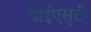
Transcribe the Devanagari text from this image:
बीईएस्‌टी